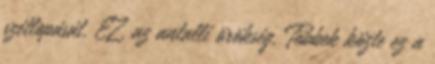
szétlopását. EZ, az antalli örökség. Többek közte ez a